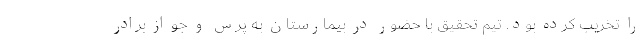
را تخریب کرده بود. تیم تحقیق با حضور در بیمارستان به پرس و جو از برادر